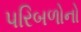
પરિબળોનો